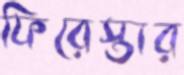
ফিরেস্তার